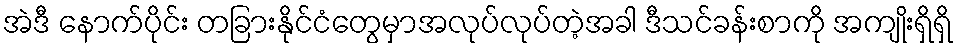
အဲဒီ နောက်ပိုင်း တခြားနိုင်ငံတွေမှာအလုပ်လုပ်တဲ့အခါ ဒီသင်ခန်းစာကို အကျိုးရှိရှိ